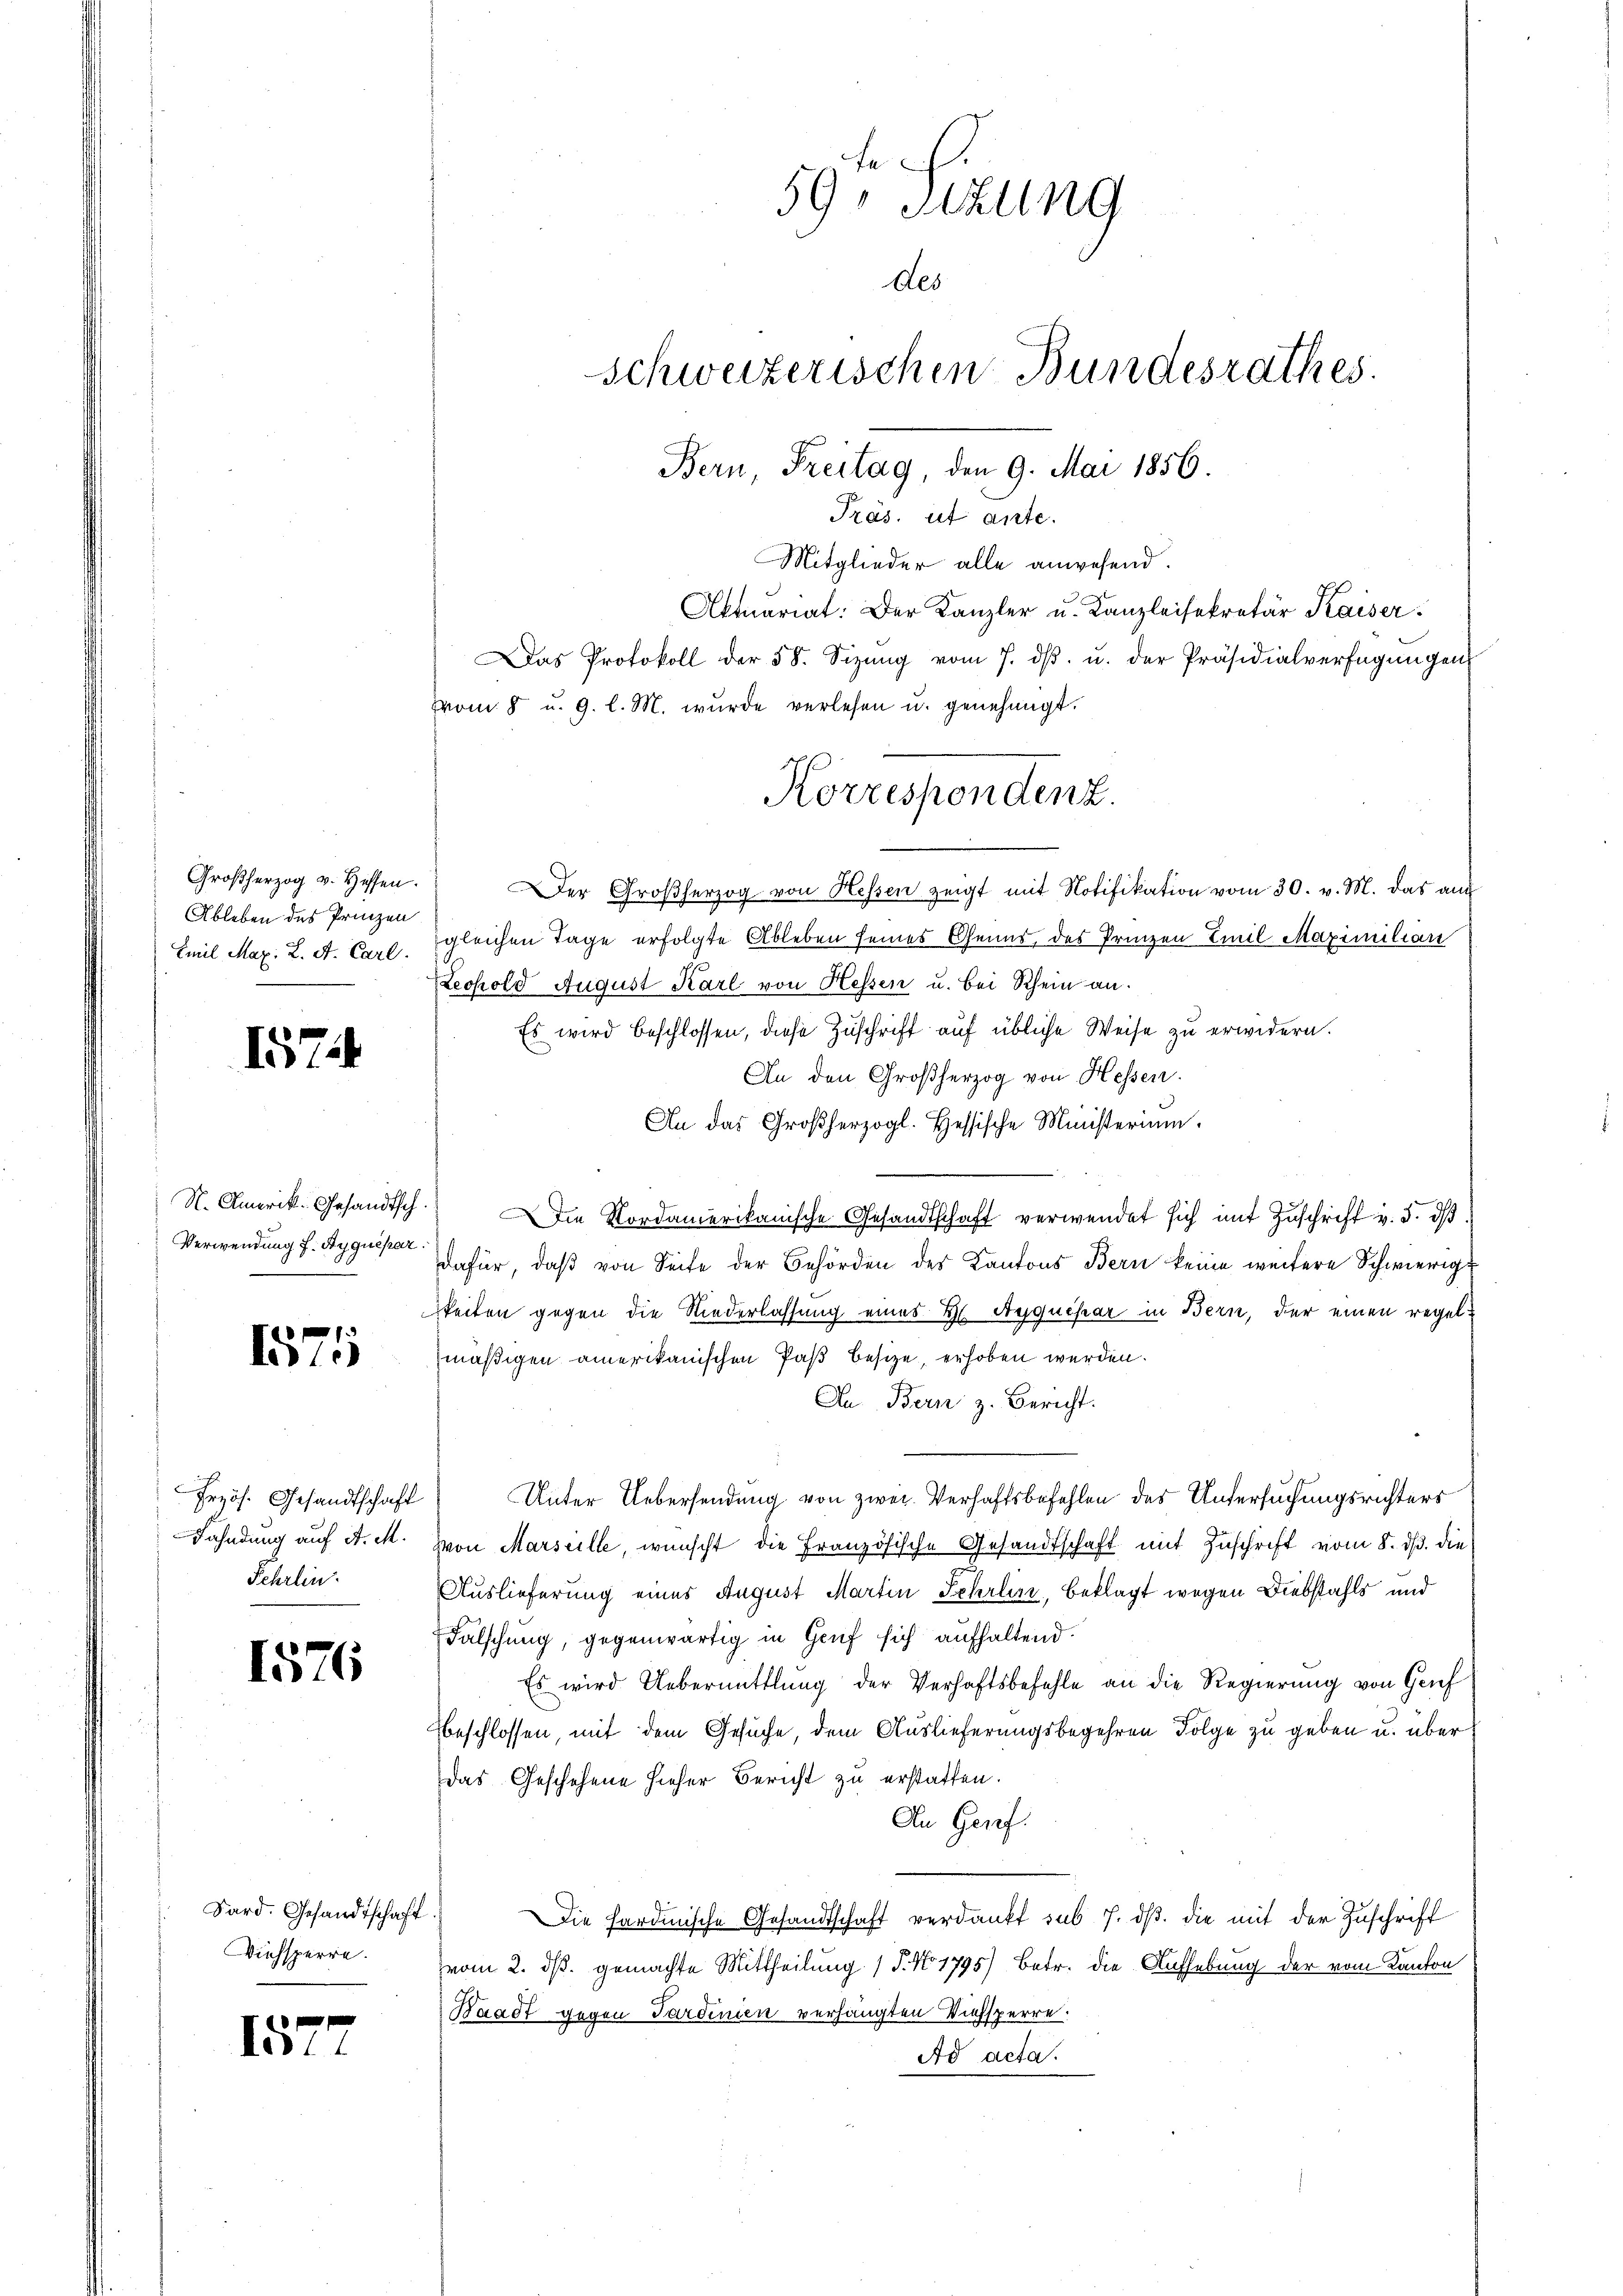
Großherzog v. Heffen.
Ableben des Prinzen
Emil Mar. L. A. Carl.

1574

N. Amerik. Gesandtsch.
Verwendung f. Ayquepar

1575

Przös. Gesandtschaft
Fahndung auf A. M.
Fehrlin.

1576

s
I.

Sard. Gesandtschaft
Viehsperre.

h

s

59, Selln
des
schweizerischen Bundesrathes.
Bern, Freitag, den 9. Mai 1856.
Präs. ut ante.

Mitglieder alle anwesend.
Aktuariat: Der Kanzler u. Kanzleisekretär Kaiser.
Das Protokoll der 58. Sizŭng vom 7. dβ. u. der Präsidialverfügungen
vom 8 u. 9. l. M. wurde verlesen u. genehmigt.
Der Großherzog von Hessen zeigt mit Notifikation vom 30. v. M. das auf
gleichen Tage erfolgte Ableben seines Genus, des Prinzen Emil Maximilian
Lechold August Karl von Hessen u. bei Schein an.
Es wird beschlossen, diese Zuschrift auf übliche Weise zu erwidern.
An den Großherzog von Hessen.
An das Großherzogl. Hessische Ministerium.
Die Nordamerikanische Gesandtschaft verwendet sich mit Zuschrift v. 5. dß
dafür, daß von Seite der Behörden des Kantons Bern keine weitere Schwierige
keiten gegen die Niederlassung eines H. Auquesar in Bern, der einen regelmäßigen amerikanischen Paß besize, erhoben werden.
An Bern z. Bericht.
Unter Uebersendung von zwei Verhaftsbefehlen des Untersuchungsrichters
von Marseille, wünscht die Französische Gesandtschaft mit Zuschrift vom 8. dß. die
Auslieferung eines August Martin Lehrlin, Beklagt wegen Diebstahls und
Fälschung, gegenwärtig in Genf sich aufhaltend.
Es wird Uebermittlung der Verhaftsbefehle an die Regierung von Grief
beschlossen, mit dem Gesuche, dem Auslieferungsbegehren Folge zu geben u. über
Das Geschehene hieher Bericht zu erstatten.
An Genf.
Die Fardinische Gesandtschaft verdankt sub 7. ds. die mit der Zuschrift
vom 2. ds. gemachte Mittheilung (T. No. 1795) Betr. die Aufhebung der vom Kanton
Waadt gegen Sardinien verhängten Viehsperre.
Ad acta.

Korrespondenz.